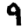
Digit: 9